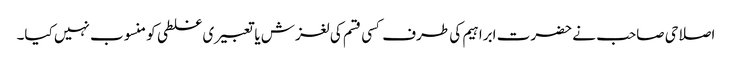
اصلاحی صاحب نے حضرت ابراہیم کی طرف کسی قسم کی لغزش یا تعبیری غلطی کو منسوب نہیں کیا۔